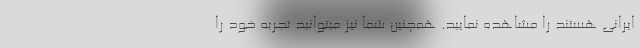
ایرانی هستند را مشاهده نمایید. همچنین شما نیز میتوانید تجربه خود را